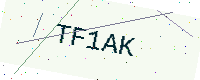
Text: TF1AK